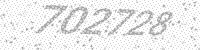
Solution: 702728